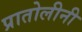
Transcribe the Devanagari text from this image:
प्रातोलीनी